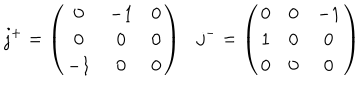
LaTeX: j ^ { + } = \left( \begin{array} { c c c } { { 0 } } & { { - 1 } } & { { 0 } } \\ { { 0 } } & { { 0 } } & { { 0 } } \\ { { - 1 } } & { { 0 } } & { { 0 } } \\ \end{array} \right) j ^ { - } = \left( \begin{array} { c c c } { { 0 } } & { { 0 } } & { { - 1 } } \\ { { 1 } } & { { 0 } } & { { 0 } } \\ { { 0 } } & { { 0 } } & { { 0 } } \\ \end{array} \right)